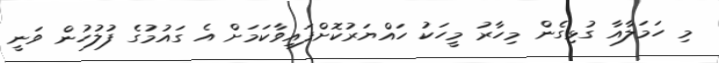
މި ހަމަލާއާ ގުޅިގެން މިހާރު މީހަކު ހައްޔަރުކޮށްފައިވާކަމަށް އެ ގައުމުގެ ފުލުހުން ވަނީ